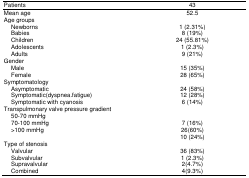
<table><thead><tr><td><b>Patients</b></td><td><b>43</b></td></tr></thead><tbody><tr><td>Mean age</td><td>52.5</td></tr><tr><td>Age groups</td><td></td></tr><tr><td> Newborns</td><td>1 (2.31%)</td></tr><tr><td> Babies</td><td>8 (19%)</td></tr><tr><td> Children</td><td>24 (55.81%)</td></tr><tr><td> Adolescents</td><td>1 (2.3%)</td></tr><tr><td> Adults</td><td>9 (21%)</td></tr><tr><td>Gender</td><td></td></tr><tr><td> Male</td><td>15 (35%)</td></tr><tr><td> Female</td><td>28 (65%)</td></tr><tr><td>Symptomatology</td><td></td></tr><tr><td> Asymptomatic</td><td>24 (58%)</td></tr><tr><td> Symptomatic(dyspnea.fatigue)</td><td>12 (28%)</td></tr><tr><td> Symptomatic with cyanosis</td><td>6 (14%)</td></tr><tr><td>Transpulmonary valve pressure gradient</td><td></td></tr><tr><td> 50-70 mmHg</td><td>7 (16%)</td></tr><tr><td> 70-100 mmHg</td><td>26(60%)</td></tr><tr><td> &gt;100 mmHg</td><td>10 (24%)</td></tr><tr><td>Type of stenosis</td><td></td></tr><tr><td> Valvular</td><td>36 (83%)</td></tr><tr><td> Subvalvular</td><td>1 (2.3%)</td></tr><tr><td> Supravalvular</td><td>2(4.7%)</td></tr><tr><td> Combined</td><td>4(9.3%)</td></tr></tbody></table>